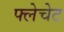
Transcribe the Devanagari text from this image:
फ्लेचेट